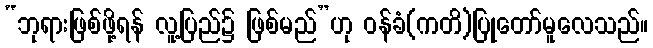
“ဘုရားဖြစ်ဖို့ရန် လူ့ပြည်၌ ဖြစ်မည်”ဟု ဝန်ခံ(ကတိ)ပြုတော်မူလေသည်။